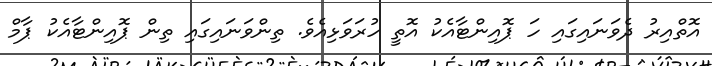
އޮތްއިރު ދެވަނައިގައި ހަ ޕޮއިންޓާއެކު އޮތީ ހުރަވަޅިއެވެ. ތިންވަނައިގައި ތިން ޕޮއިންޓާއެކު ޕާމް